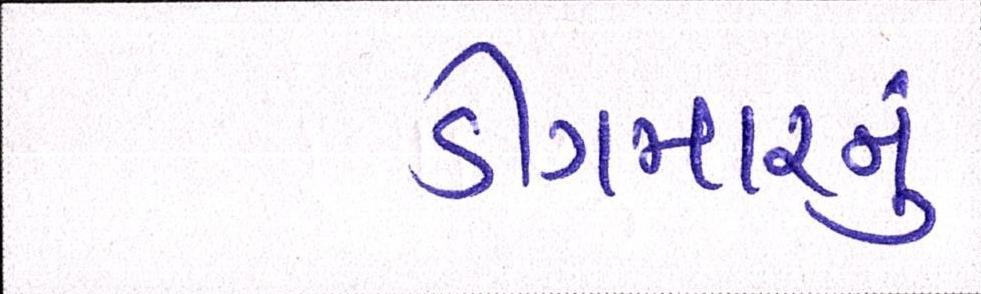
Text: ડીંગમારનું